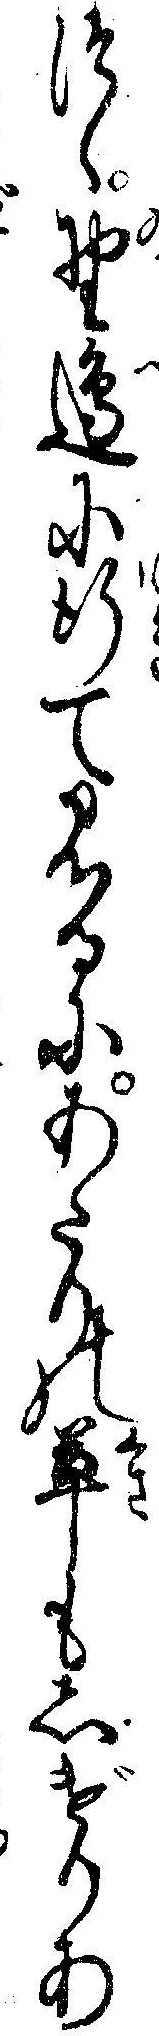
つゝ野辺に行て見るにあたりの草もしげりあ